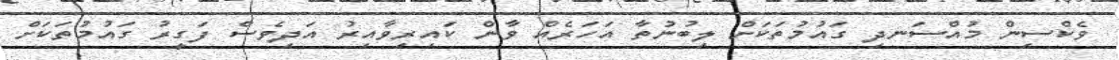
ވެކްސިން މުއްސަނދި ގައުމުތަކަށް ލިބުނުތާ އަހަރެއް ވާން ކައިރިވާއިރު އަދިވެސް ފަގީރު ގައުމުތަކަށް